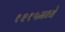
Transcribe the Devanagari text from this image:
१२१५मध्ये